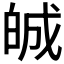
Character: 𤽷